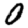
Digit: 0